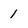
Character: 1